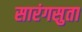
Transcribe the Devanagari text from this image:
सारंगसुता